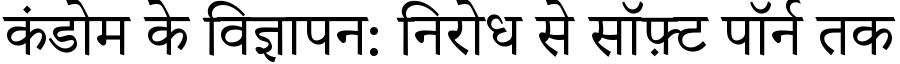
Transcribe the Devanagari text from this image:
कंडोम के विज्ञापन: निरोध से सॉफ़्ट पॉर्न तक